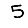
Digit: 5